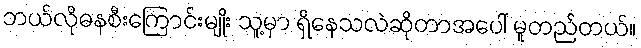
ဘယ်လိုဓနစီးကြောင်းမျိုး သူ့မှာ ရှိနေသလဲဆိုတာအပေါ် မူတည်တယ်။